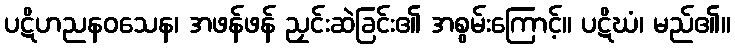
ပဋိဟညနဝသေန၊ အဖန်ဖန် ညှင်းဆဲခြင်း၏ အစွမ်းကြောင့်။ ပဋိဃံ၊ မည်၏။